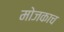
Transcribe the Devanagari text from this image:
मोजकाच